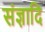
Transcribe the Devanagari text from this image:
संज्ञादि